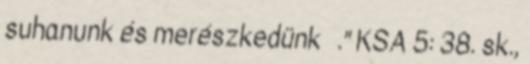
suhanunk és merészkedünk .” KSA 5: 38. sk.,